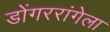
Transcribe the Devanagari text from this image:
डोंगररांगेला